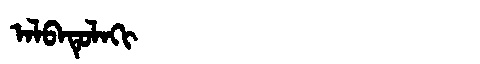
Manchu: ᠠᠯᠪᠠᡨᡠᠯᠠᡴᡳ
Romanization: ALBATULAKI